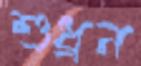
শুধ্‌রন